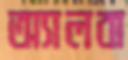
অ্যালবা